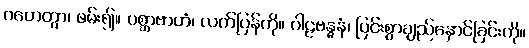
ဂဟေတွာ၊ ဖမ်း၍။ ပစ္ဆာဗာဟံ၊ လက်ပြန်ကို။ ဂါဠဗန္ဓနံ၊ ပြင်းစွာချည်နှောင်ခြင်းကို။